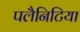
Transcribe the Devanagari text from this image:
पलैनिटिया